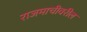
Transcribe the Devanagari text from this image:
राजमाचीवरील